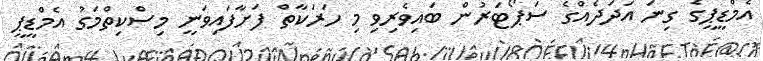
އެމްޑީޕީގެ ގިނަ އަދަދެއްގެ ސަޕޯޓަރުން ބައިވެރިވި މި ހަރަކާތް ފަށާފައިވަނީ މިސްކިތްމަގު އެމްޑީޕީ